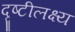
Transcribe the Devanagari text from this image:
दृष्टीलक्ष्य